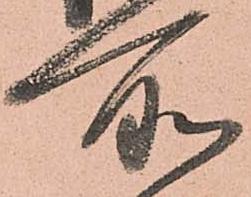
所